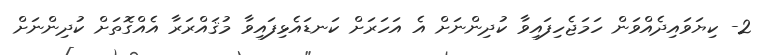
2- ކިޔަވައިދެއްވަން ހަމަޖެހިފައިވާ ކުދިންނަށް އެ އަހަރަށް ކަނޑައެޅިފައިވާ މުޤައްރަރާ އެއްގޮތަށް ކުދިންނަށް